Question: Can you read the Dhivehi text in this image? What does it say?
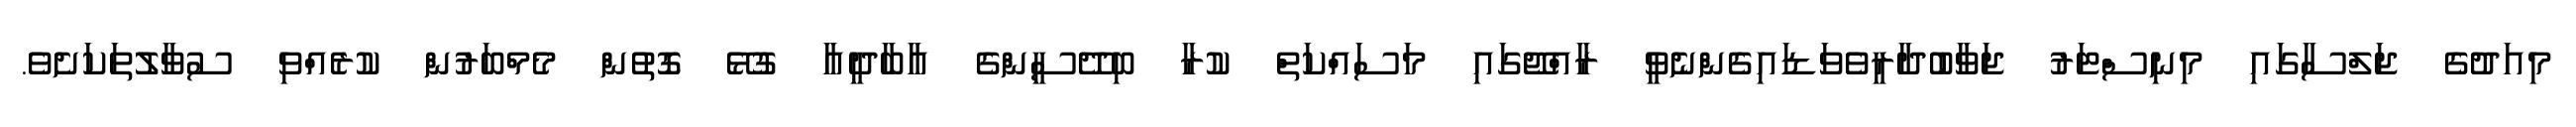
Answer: މިއަދުގެ ޖަލްސާގައި މިނިސްޓަރު ޖަވާބުދާރީވެވަޑައިގެންނެވީ ރާއްޖޭގައި މަސައްކަތް ކުރާ ބިދޭސީންގެ އާބާދީއާ ގުޅޭ ގޮތުން މެމްބަރުން ކުރެއްވި ސުވާލުތަކަށެވެ.